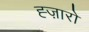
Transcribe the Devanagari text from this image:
ह्ज़ारों